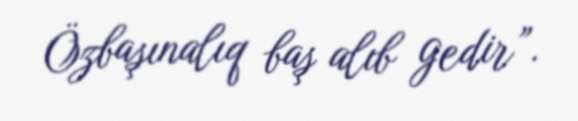
Özbaşınalıq baş alıb gedir”.